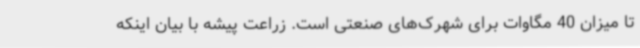
تا میزان 40 مگاوات برای شهرک‌های صنعتی است. زراعت پیشه با بیان اینکه